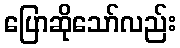
ပြောဆိုသော်လည်း